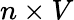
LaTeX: n\times V